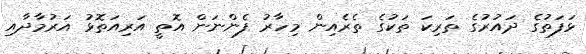
ޅަފަތުގެ ދައުރުގެ ތަރިކަ ތަކުގެ ތެރެއިން މިހާރު ފެންނަން އޮތީ އަރިއަތޮޅު އަރުމާދާއި